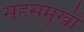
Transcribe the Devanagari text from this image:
सहसमुखी